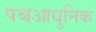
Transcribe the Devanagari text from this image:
पश्चआधुनिक